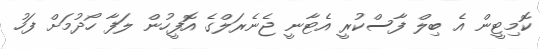
ކޮމިޓީން އެ ބިލް ފާސްކުރީ އެޓާނީ ޖެނެރަލްގެ އޮފީހުން ލަފާ ހޯދުމަށް ފަހު